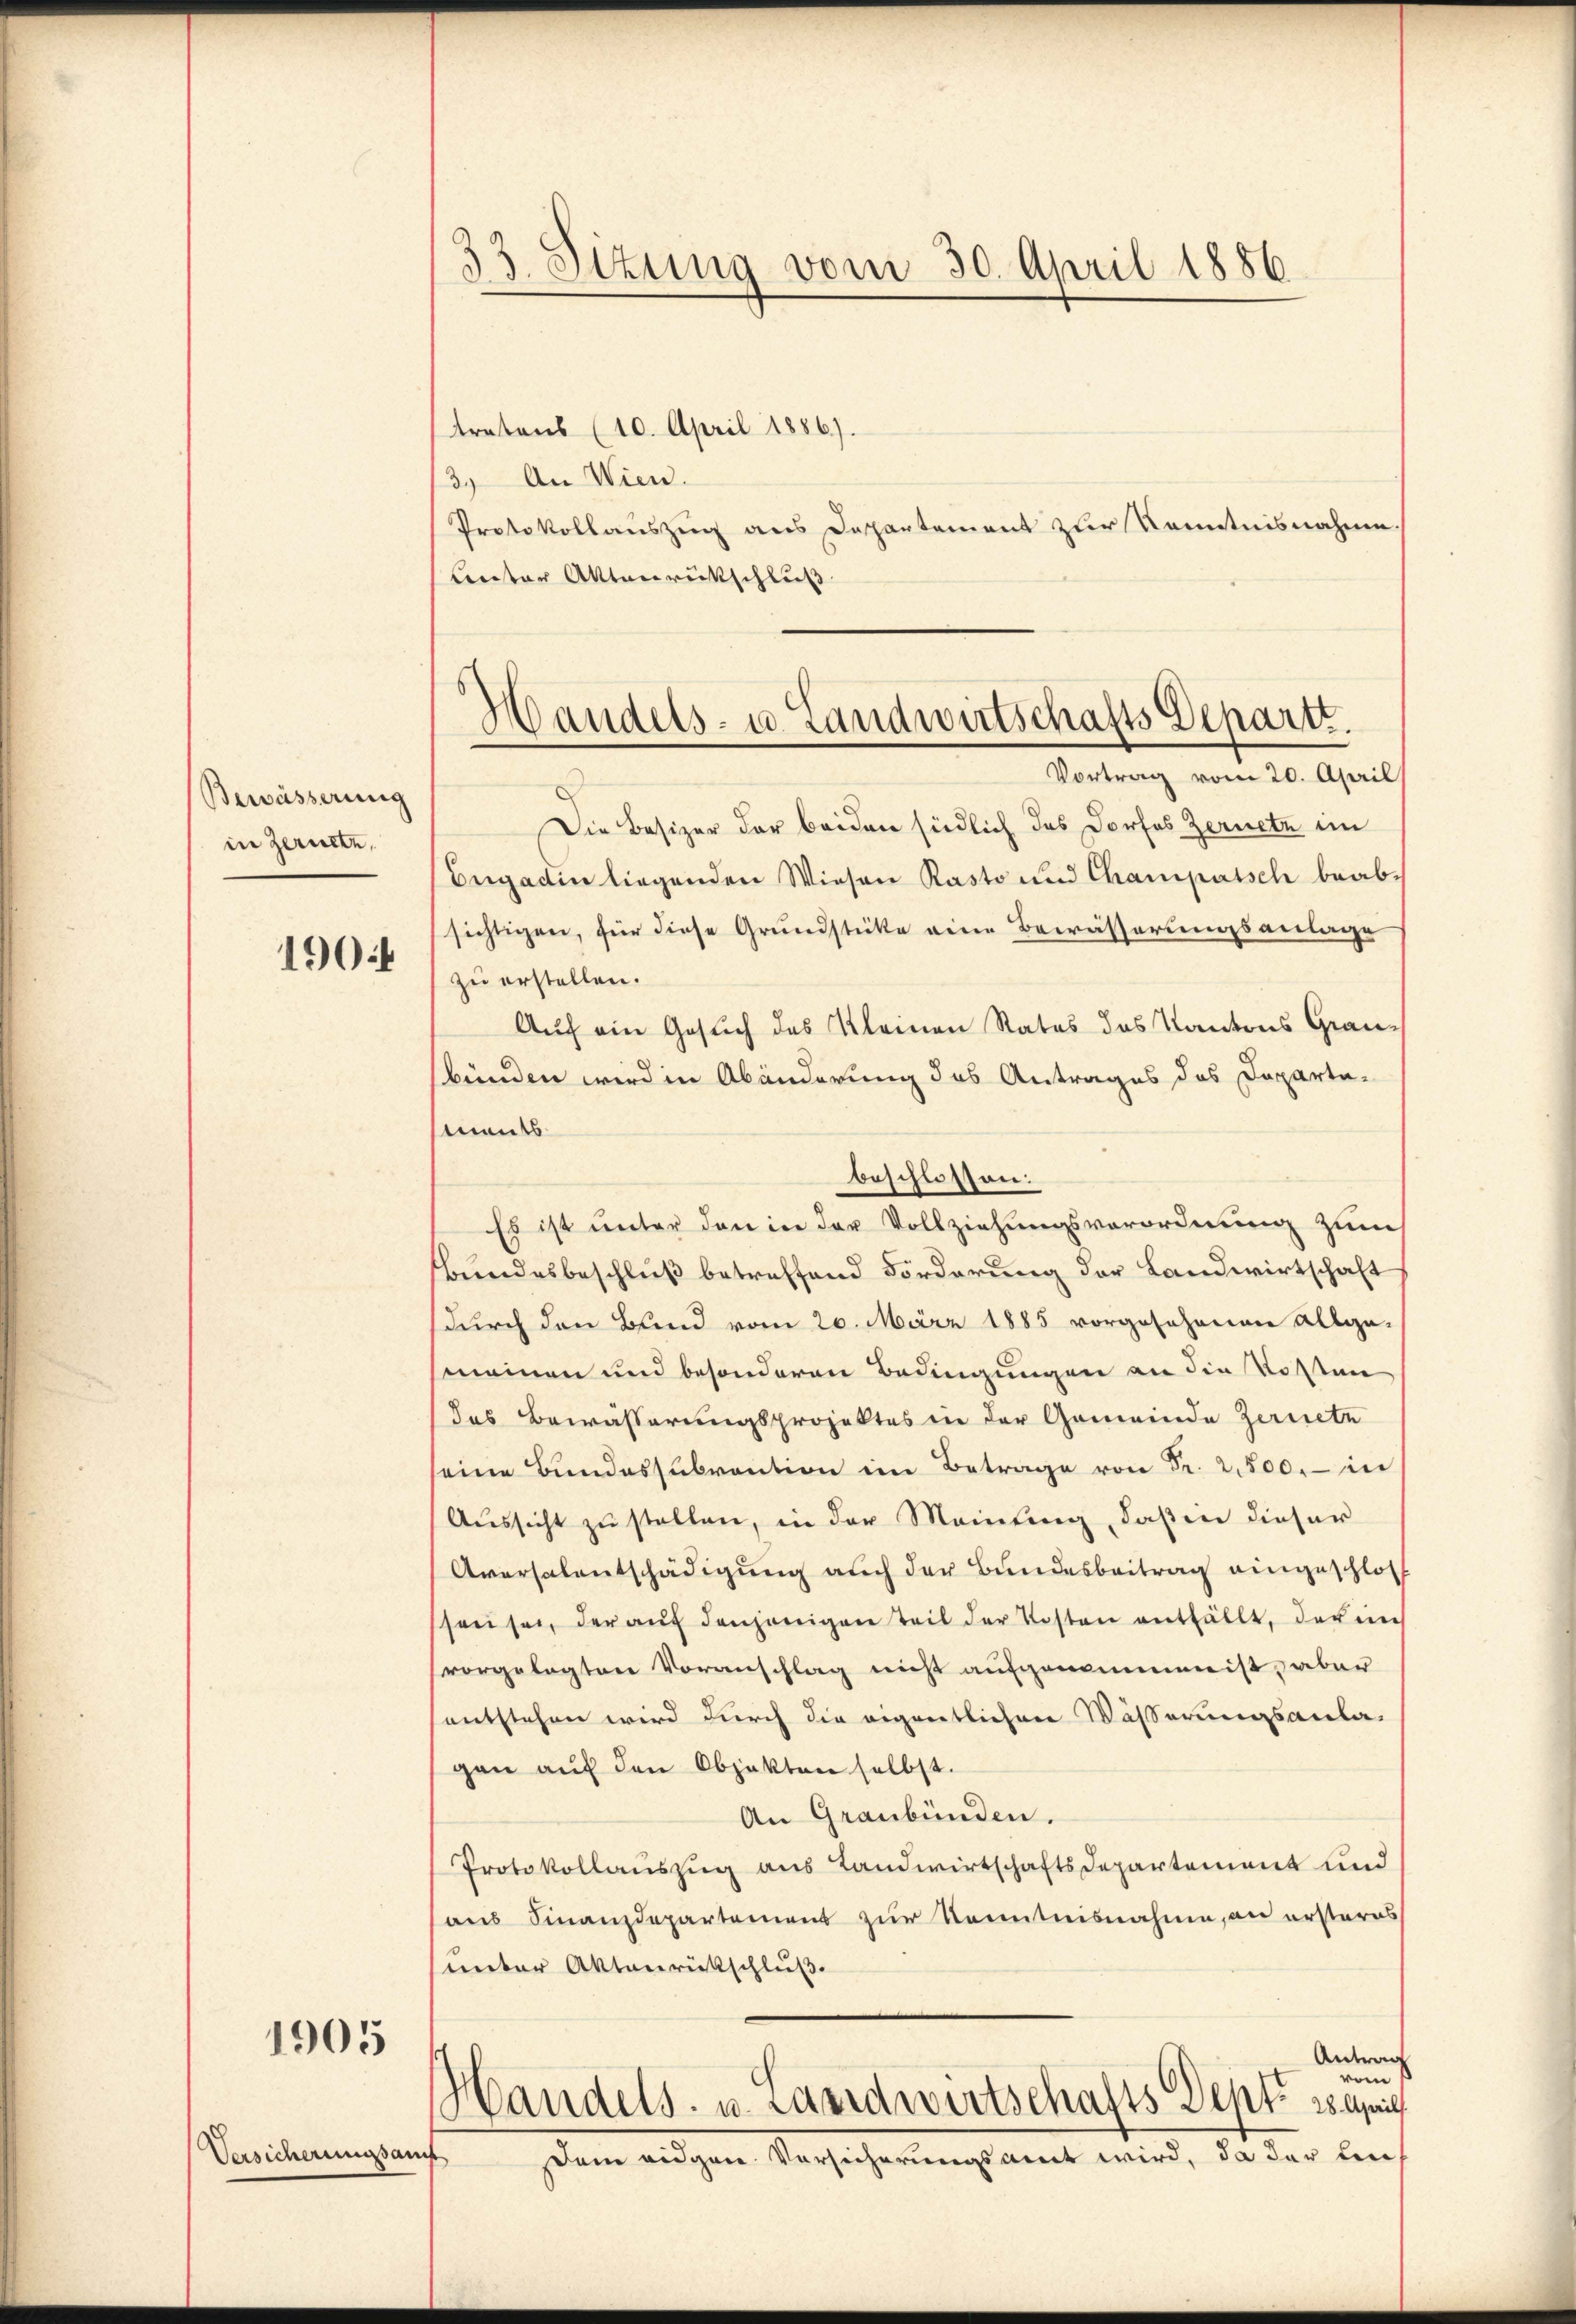
Bewässerung
in Zernte.

190 f

1905

Versicherungsan

33. Situng vom 30. April 1886.

tratons (10. April 1886).
3. An Wien.
Protokollauszug aus Departement zur Kenntnisnahme.
Lnter Aktenrückschluß

Vortrag vom 20. April
Die Besizer der beiden siedlich das Dorfes Zernetz im
Eegadin liegenden Wiesen Rasto und Champatsch beab-
sichtigen, für diese Grundstücke eine Bewässerungsanlage
zu erstellen.
Auf ein Gesuch des Kleinen Rates des Kantons Graubünden wird in Abänderung des Antrages das Departe-
ments
beschlossen:
Es ist unter den in der Vollziehungsverordnung zum
Bundesbeschluß betreffend Förderung der Landwirtschaft
durch den Bund vom 20. März 1885 vorgesehenen allge-
meinen und besonderen Bedingungen an die Kosten
das Bewässerungsprojektes in der Gemeinde Zeriret
seine Bŭndessŭbvention im Betrage von Fr. 2500.- in
Aussicht zu stellen, in der Meinung, daß in dieser
Aversalentschädigung auch der Bundesbeitrag eingeschloss
ssen sei, der aŭf denjenigen Teil der Kosten entfällt, der in
vorgelegten Voranschlag nicht aufgenommen ist, aber
entstehen wird durch die eigentlichen Wäßerungsanla-
gen auf den Objekten selbst.
An Graubünden.
Protokollauszug aus Landwirtschaftsdepartement und
aus Finanzdepartement zur Kenntnisnahme, an ersteres
unter Aktenrückschluß
Antrag
vom 1
Handels- u. Landwirtschafts Sept. 18. April
.
Dem eidgen Vorsicherungsamt wird, da der Lin

Handels- u. Landwirtschafts Depart.